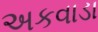
અકવાડા